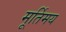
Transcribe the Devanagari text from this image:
मूर्तिमय